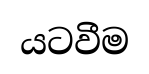
යටවීම